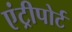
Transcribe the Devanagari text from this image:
एंट्रीपोर्ट